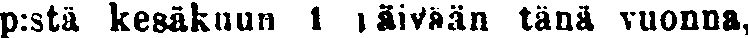
p:stä kesäkuun 1 päivään tänä vuonna,